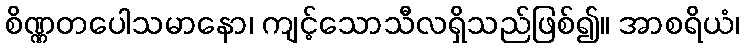
စိဏ္ဏတပေါသမာနော၊ ကျင့်သောသီလရှိသည်ဖြစ်၍။ အာစရိယံ၊